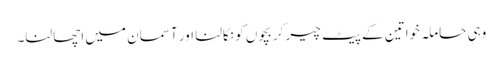
وہی حاملہ خواتین کے پیٹ چیر کر بچوں کو نکالنا اور آسمان میں اچھالنا۔